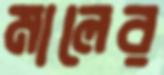
মালের